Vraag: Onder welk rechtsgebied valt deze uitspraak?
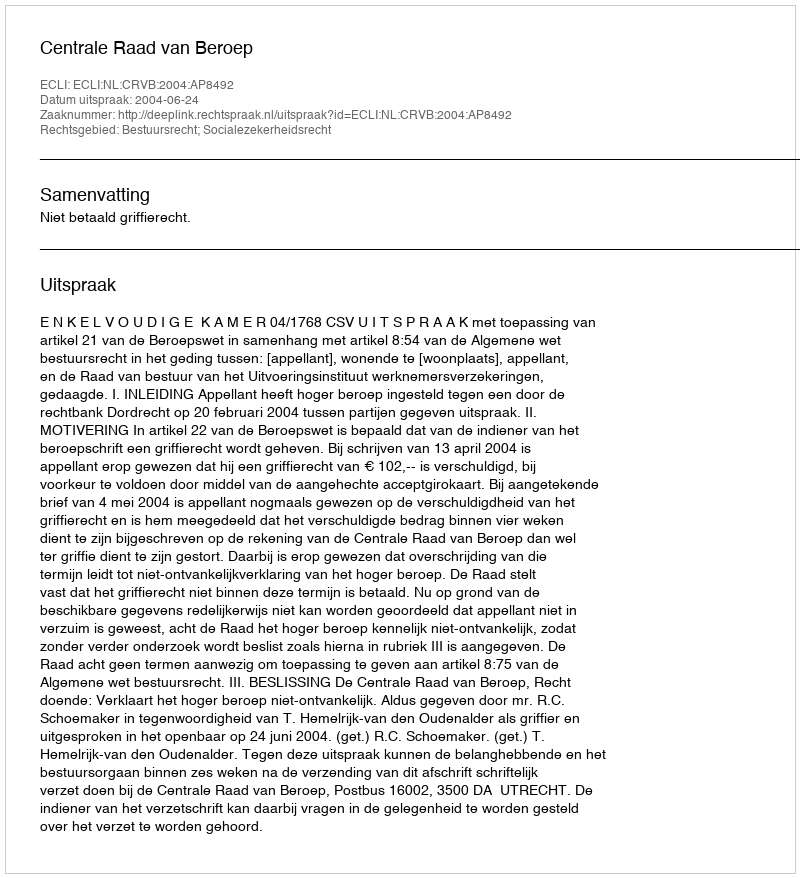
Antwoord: Bestuursrecht; Socialezekerheidsrecht